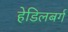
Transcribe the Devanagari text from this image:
हेडिलबर्ग